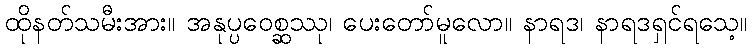
ထိုနတ်သမီးအား။ အနုပ္ပဝေစ္ဆဿု၊ ပေးတော်မူလော။ နာရဒ၊ နာရဒရှင်ရသေ့။